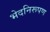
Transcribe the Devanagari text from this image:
भेदनिरूपण